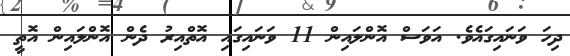
ދިހަ ވަނައިގައެވެ. އަވަސް އޮންލައިން 11 ވަނައިގައި އޮތްއިރު ދެން އޮންލައިން އޮތީ